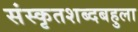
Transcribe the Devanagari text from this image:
संस्कृतशब्दबहुला